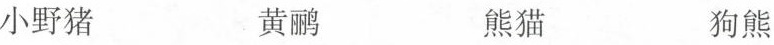
小野猪 黄鹂 熊猫 狗熊